Tezpur Lunatic Asylum reports 1895-1904 - 1895-1904
Year: 1895
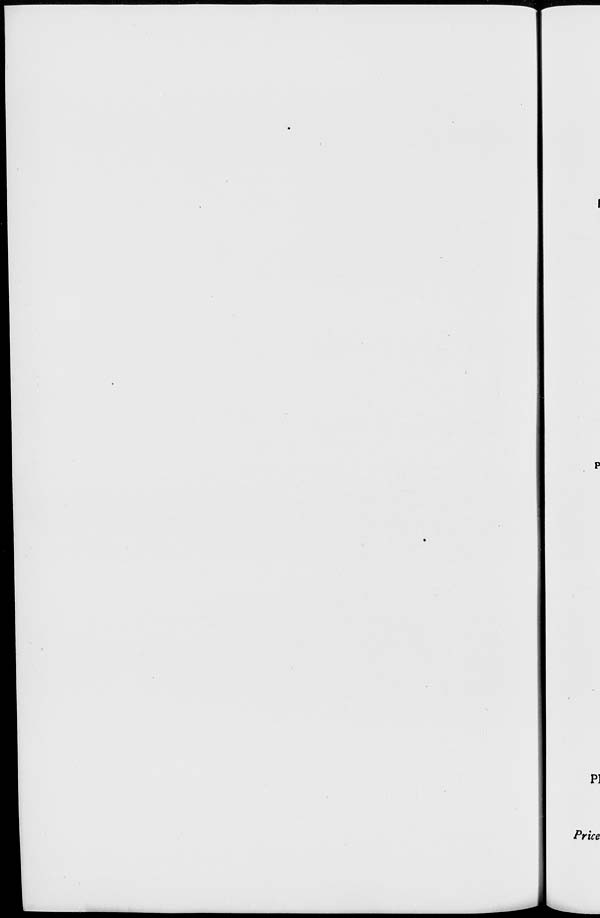
p]
Price